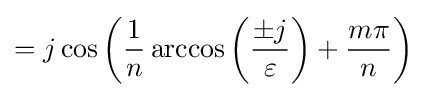
=j\cos \left({\frac {1}{n}}\arccos \left({\frac {\pm j}{\varepsilon }}\right)+{\frac {m\pi }{n}}\right)